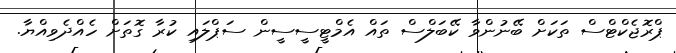
ޕްރޮޖެކްޓްސް ތަކަށް ބޭނުންވާ ކޭބަލްސް ތައް އެމްޓީސީސީން ސަޕްލައި ކުރާ ގޮތަށް ހެއްދެވިއްޔާ.